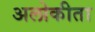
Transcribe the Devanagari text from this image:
अलोकीता